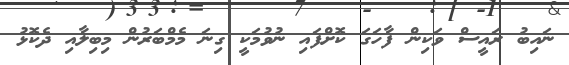
ނައިބު ރައީސް ވަކިން ފާހަގަ ކޮށްފައި ނުވުމަކީ ގިނަ މެމްބަރުން މިބިލާއި ދެކޮޅު